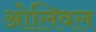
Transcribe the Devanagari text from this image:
ओलिवल